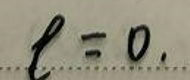
$\ell = 0.$